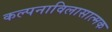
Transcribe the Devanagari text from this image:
कल्पनाविलासात्मक